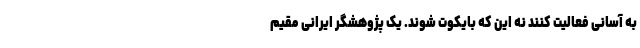
به آسانی فعالیت کنند نه این که بایکوت شوند. یک پژوهشگر ایرانی مقیم